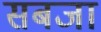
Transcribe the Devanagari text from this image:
सबजा